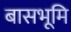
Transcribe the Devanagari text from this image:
बासभूमि